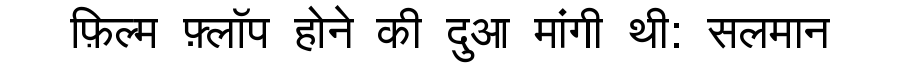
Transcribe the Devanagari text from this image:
फ़िल्म फ़्लॉप होने की दुआ मांगी थी: सलमान